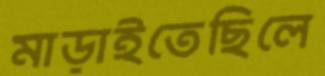
মাড়াইতেছিলে